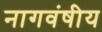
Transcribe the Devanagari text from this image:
नागवंषीय